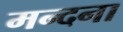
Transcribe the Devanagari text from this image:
मन्दना